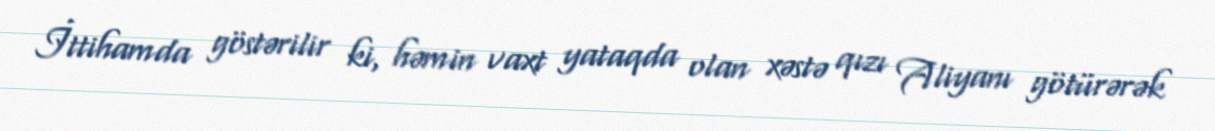
İttihamda göstərilir ki, həmin vaxt yataqda olan xəstə qızı Aliyanı götürərək